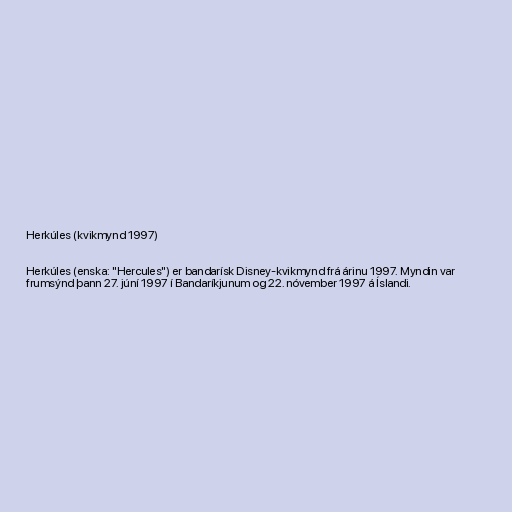
Herkúles (kvikmynd 1997)

Herkúles (enska: "Hercules") er bandarísk Disney-kvikmynd frá árinu 1997. Myndin var
frumsýnd þann 27. júní 1997 í Bandaríkjunum og 22. nóvember 1997 á Íslandi.